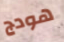
هودج